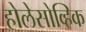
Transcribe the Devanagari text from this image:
होलेसोव्हिक